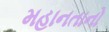
મહાનતાનો